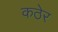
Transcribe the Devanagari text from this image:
कठेर